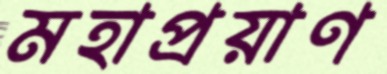
মহাপ্রয়াণ